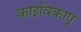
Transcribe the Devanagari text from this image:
काइविकापू